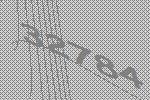
32784